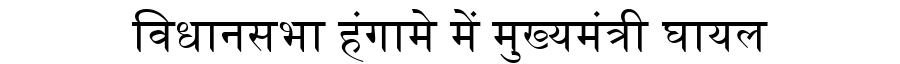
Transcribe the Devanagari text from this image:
विधानसभा हंगामे में मुख्यमंत्री घायल